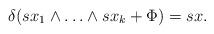
LaTeX: \begin{align*}\delta(sx_1\wedge\ldots\wedge sx_k+\Phi)=sx.\end{align*}